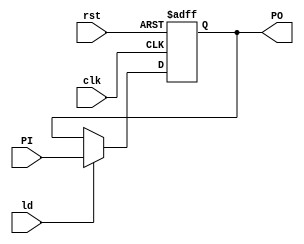
`timescale 1ns/1ns
module addrc_Register (clk,rst,ld, PI, PO);
    input clk, rst, ld;
    input[24:0]PI;
    output reg[24:0]PO;

	always @(posedge clk , posedge rst) begin
		if(rst)
			PO <= 24'd0;
		else begin
			if(ld==1'b1) PO<=PI;
		end
	end
endmodule